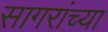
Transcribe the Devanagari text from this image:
सागरांच्या